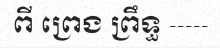
ពី ព្រេង ព្រឹទ្ធ -----